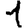
Digit: 1